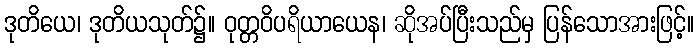
ဒုတိယေ၊ ဒုတိယသုတ်၌။ ဝုတ္တဝိပရိယာယေန၊ ဆိုအပ်ပြီးသည်မှ ပြန်သောအားဖြင့်။